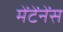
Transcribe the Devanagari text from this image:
मेंटेंनेंस